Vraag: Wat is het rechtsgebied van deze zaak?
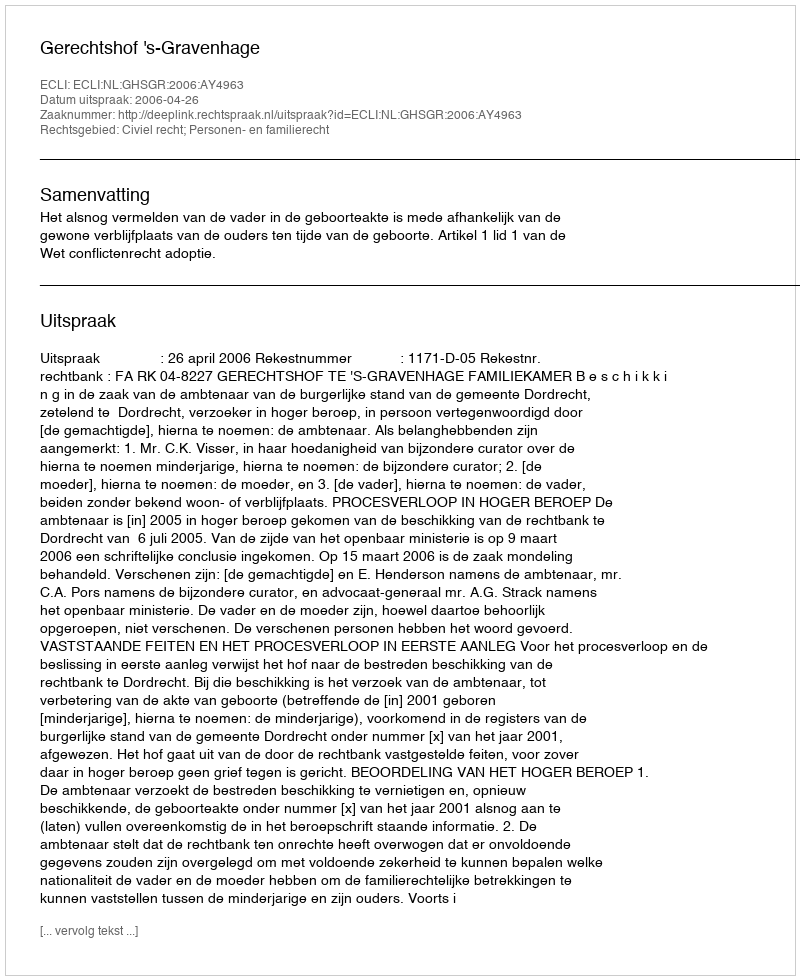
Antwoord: Civiel recht; Personen- en familierecht